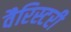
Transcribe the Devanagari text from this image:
वैरिस्टरी